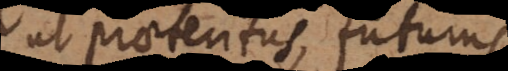
ut praeteritus, futurus